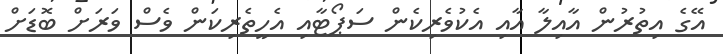
އޭގެ އިތުރުން އާއިލާ އާއި އެކުވެރިކެން ސަޕޯޓާއި އެހީތެރިކަން ވެސް ވަރަށް ބޮޑަށް